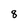
Character: 8